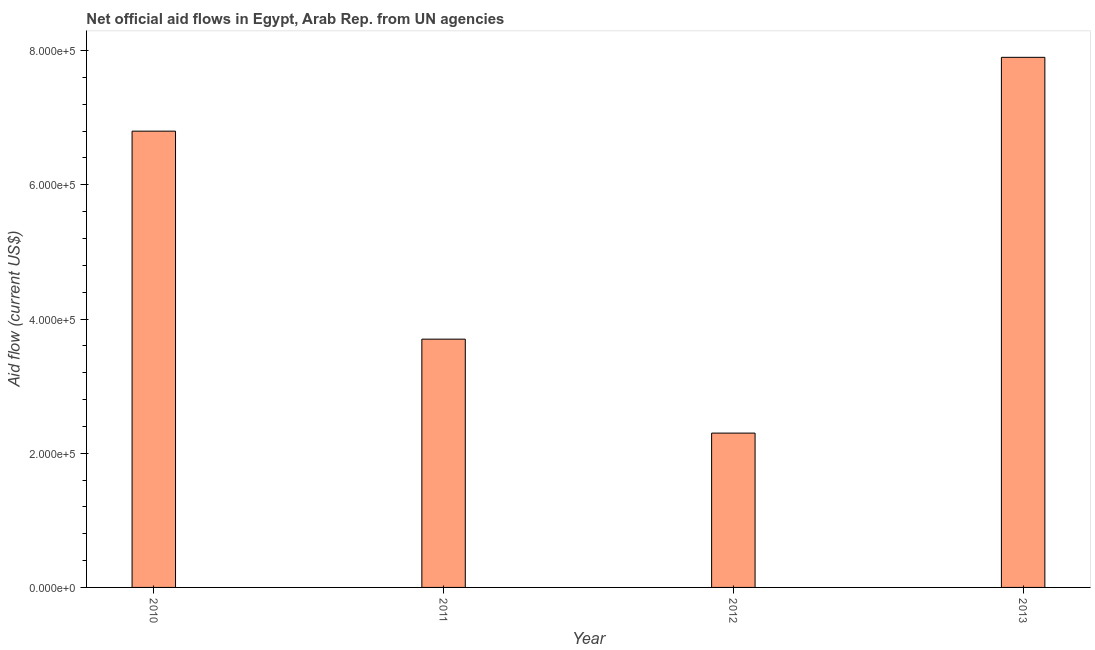
| Year | Net official flows from UN agencies |
 | --- | --- |
 | 2010 | 6.8e+05 |
 | 2011 | 3.7e+05 |
 | 2012 | 2.3e+05 |
 | 2013 | 7.9e+05 |